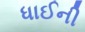
ધાઈની